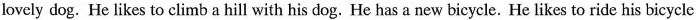
lovely dog. He likes to climb a hill with his dog. He has a new bicycle. He likes to ride his bicycle